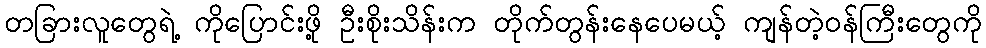
တခြားလူတွေရဲ့ ကိုပြောင်းဖို့ ဦးစိုးသိန်းက တိုက်တွန်းနေပေမယ့် ကျန်တဲ့ဝန်ကြီးတွေကို